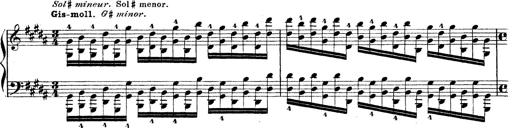
Title: Technische Studien
Composer: Franz Liszt